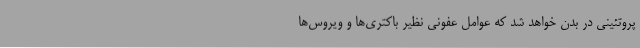
پروتئینی در بدن خواهد شد که عوامل عفونی نظیر باکتری‌ها و ویروس‌ها